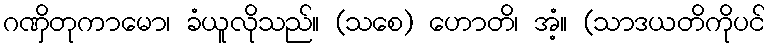
ဂဏှိတုကာမော၊ ခံယူလိုသည်။ (သစေ) ဟောတိ၊ အံ့။ (သာဒယတိကိုပင်